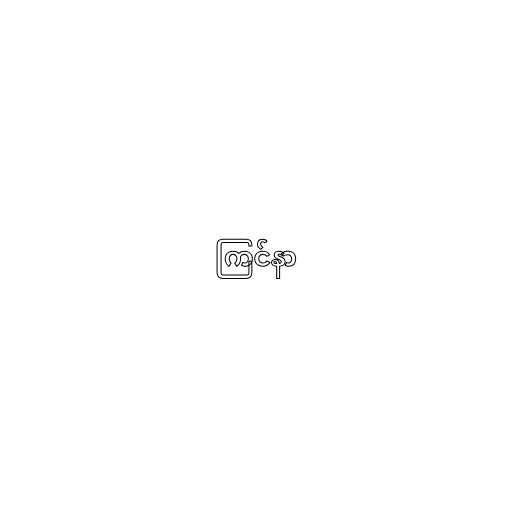
ကြင်နာ